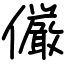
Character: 𠑊